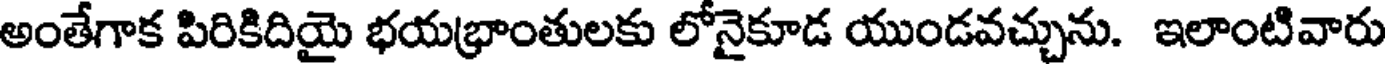
అంతేగాక పిరికిదియై భయభ్రాంతులకు లోనైకూడ యుండవచ్చును. ఇలాంటివారు